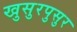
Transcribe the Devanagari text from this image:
खुसुरपुसुर